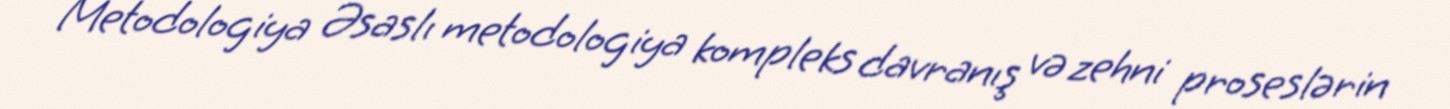
Metodologiya Əsaslı metodologiya kompleks davranış və zehni proseslərin